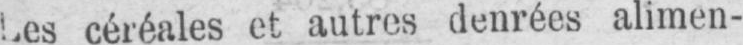
Les céréales et autres denrées alimen-